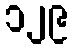
၁၂၉